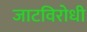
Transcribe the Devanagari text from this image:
जाटविरोधी